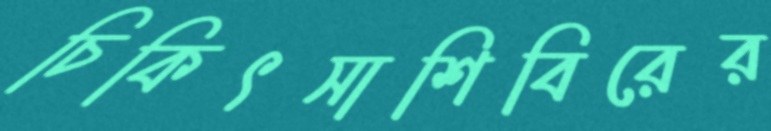
চিকিৎসাশিবিরের